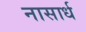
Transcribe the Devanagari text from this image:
नासार्ध